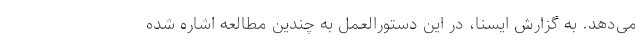
می‌دهد. به گزارش ایسنا، در این دستورالعمل به چندین مطالعه اشاره شده